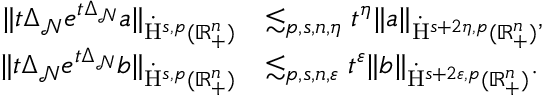
\begin{array} { r l } { \lVert t \Delta _ { \mathcal { N } } e ^ { t \Delta _ { \mathcal { N } } } a \rVert _ { \dot { \mathrm { H } } ^ { s , p } ( \mathbb { R } _ { + } ^ { n } ) } } & { \lesssim _ { p , s , n , \eta } t ^ { \eta } \lVert a \rVert _ { \dot { \mathrm { H } } ^ { s + 2 \eta , p } ( \mathbb { R } _ { + } ^ { n } ) } \mathrm { , ~ } } \\ { \lVert t \Delta _ { \mathcal { N } } e ^ { t \Delta _ { \mathcal { N } } } b \rVert _ { \dot { \mathrm { H } } ^ { s , p } ( \mathbb { R } _ { + } ^ { n } ) } } & { \lesssim _ { p , s , n , \varepsilon } t ^ { \varepsilon } \lVert b \rVert _ { \dot { \mathrm { H } } ^ { s + 2 \varepsilon , p } ( \mathbb { R } _ { + } ^ { n } ) } \mathrm { . ~ } } \end{array}